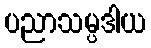
ပညာသမ္ပဒါယ